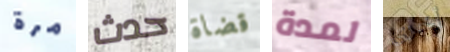
مرة حدث قضاة لمدة أخرى